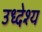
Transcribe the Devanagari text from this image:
उध्देश्य